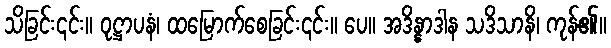
သိခြင်း၎င်း။ ဝုဋ္ဌာပနံ၊ ထမြောက်စေခြင်း၎င်း။ ပေ။ အဒိန္နာဒါန သဒိသာနိ၊ ကုန်၏။